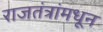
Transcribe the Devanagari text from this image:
राजतंत्रांमधून